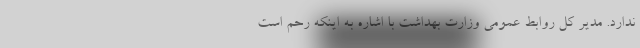
ندارد. مدیر کل روابط عمومی وزارت بهداشت با اشاره به اینکه رحم است